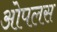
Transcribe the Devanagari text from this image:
ओपलस